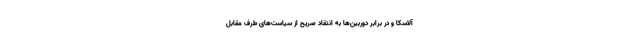
آلاسکا و در برابر دوربین‌ها به انتقاد صریح از سیاست‌های طرف مقابل